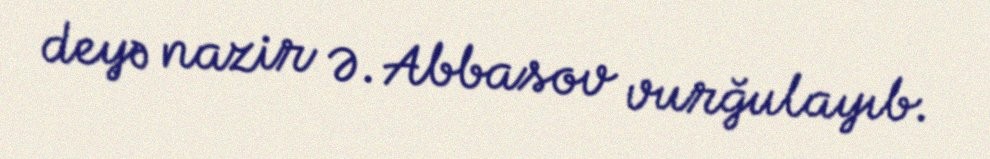
deyə nazir Ə. Abbasov vurğulayıb.